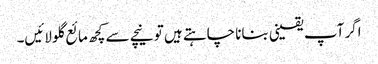
اگر آپ یقینی بنانا چاہتے ہیں تو نیچے سے کچھ مائع گلو لائیں۔